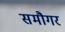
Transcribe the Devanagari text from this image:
समौगर